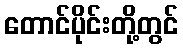
တောင်ပိုင်းတို့တွင်